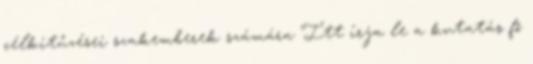
célkitűzései szakemberek számára Itt írja le a kutatás fő